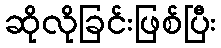
ဆိုလိုခြင်းဖြစ်ပြီး